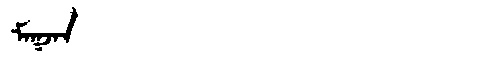
Manchu: ᠮᠠᡴᠵᠠᠨ
Romanization: MAKJAN